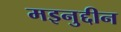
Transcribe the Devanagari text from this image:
मइनुद्दीन